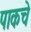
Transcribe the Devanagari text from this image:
पाकचे